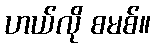
ဟယ်လို စမစ်။